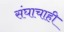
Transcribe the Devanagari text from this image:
संघाचाही